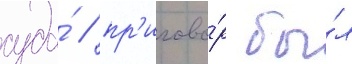
суда́ / пр'игово́р бы́л